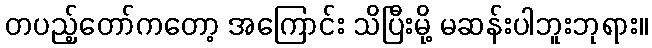
တပည့်တော်ကတော့ အကြောင်း သိပြီးမို့ မဆန်းပါဘူးဘုရား။